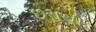
છરાથી